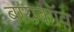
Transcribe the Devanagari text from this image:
बायकॉव